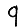
Digit: 9